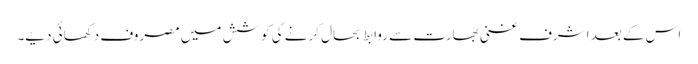
اس کے بعد اشرف غنی بھارت سے روابط بحال کرنے کی کوشش میں مصروف دکھائی دیے۔